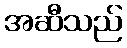
အဆီသည်